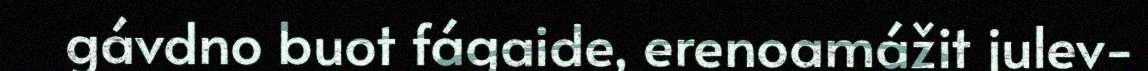
gávdno buot fágaide, erenoamážit julev-